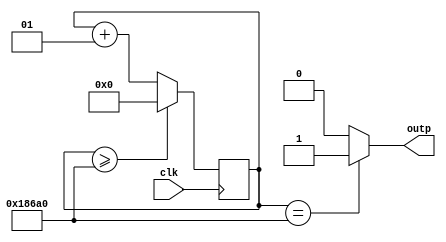
module xishi(
    input clk,
    output outp
    );
    integer cnt;
    reg outp;
    always @(posedge clk)
    begin
        if (cnt >= 100000) begin cnt <= 0; end
        else begin cnt = cnt + 1; end
    end
    always @(*)
    begin
        if (cnt == 100000) begin outp <= 1'b1; end
        else outp <= 1'b0;
    end
    
endmodule